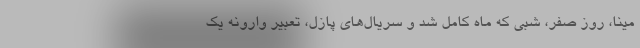
مینا، روز صفر، شبی که ماه کامل شد و سریال‌های پازل، تعبیر وارونه یک